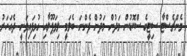
މެންޗެސްޓާ ސިޓީގެ ސްކޮޑުން މަދުން މަދުން ފެންނަ ބެލަމީ ލިވަޕޫލާއި ގުޅިފައިވަނީ ދެއަހަރު